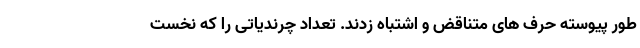
طور پیوسته حرف های متناقض و اشتباه زدند. تعداد چرندیاتی را که نخست